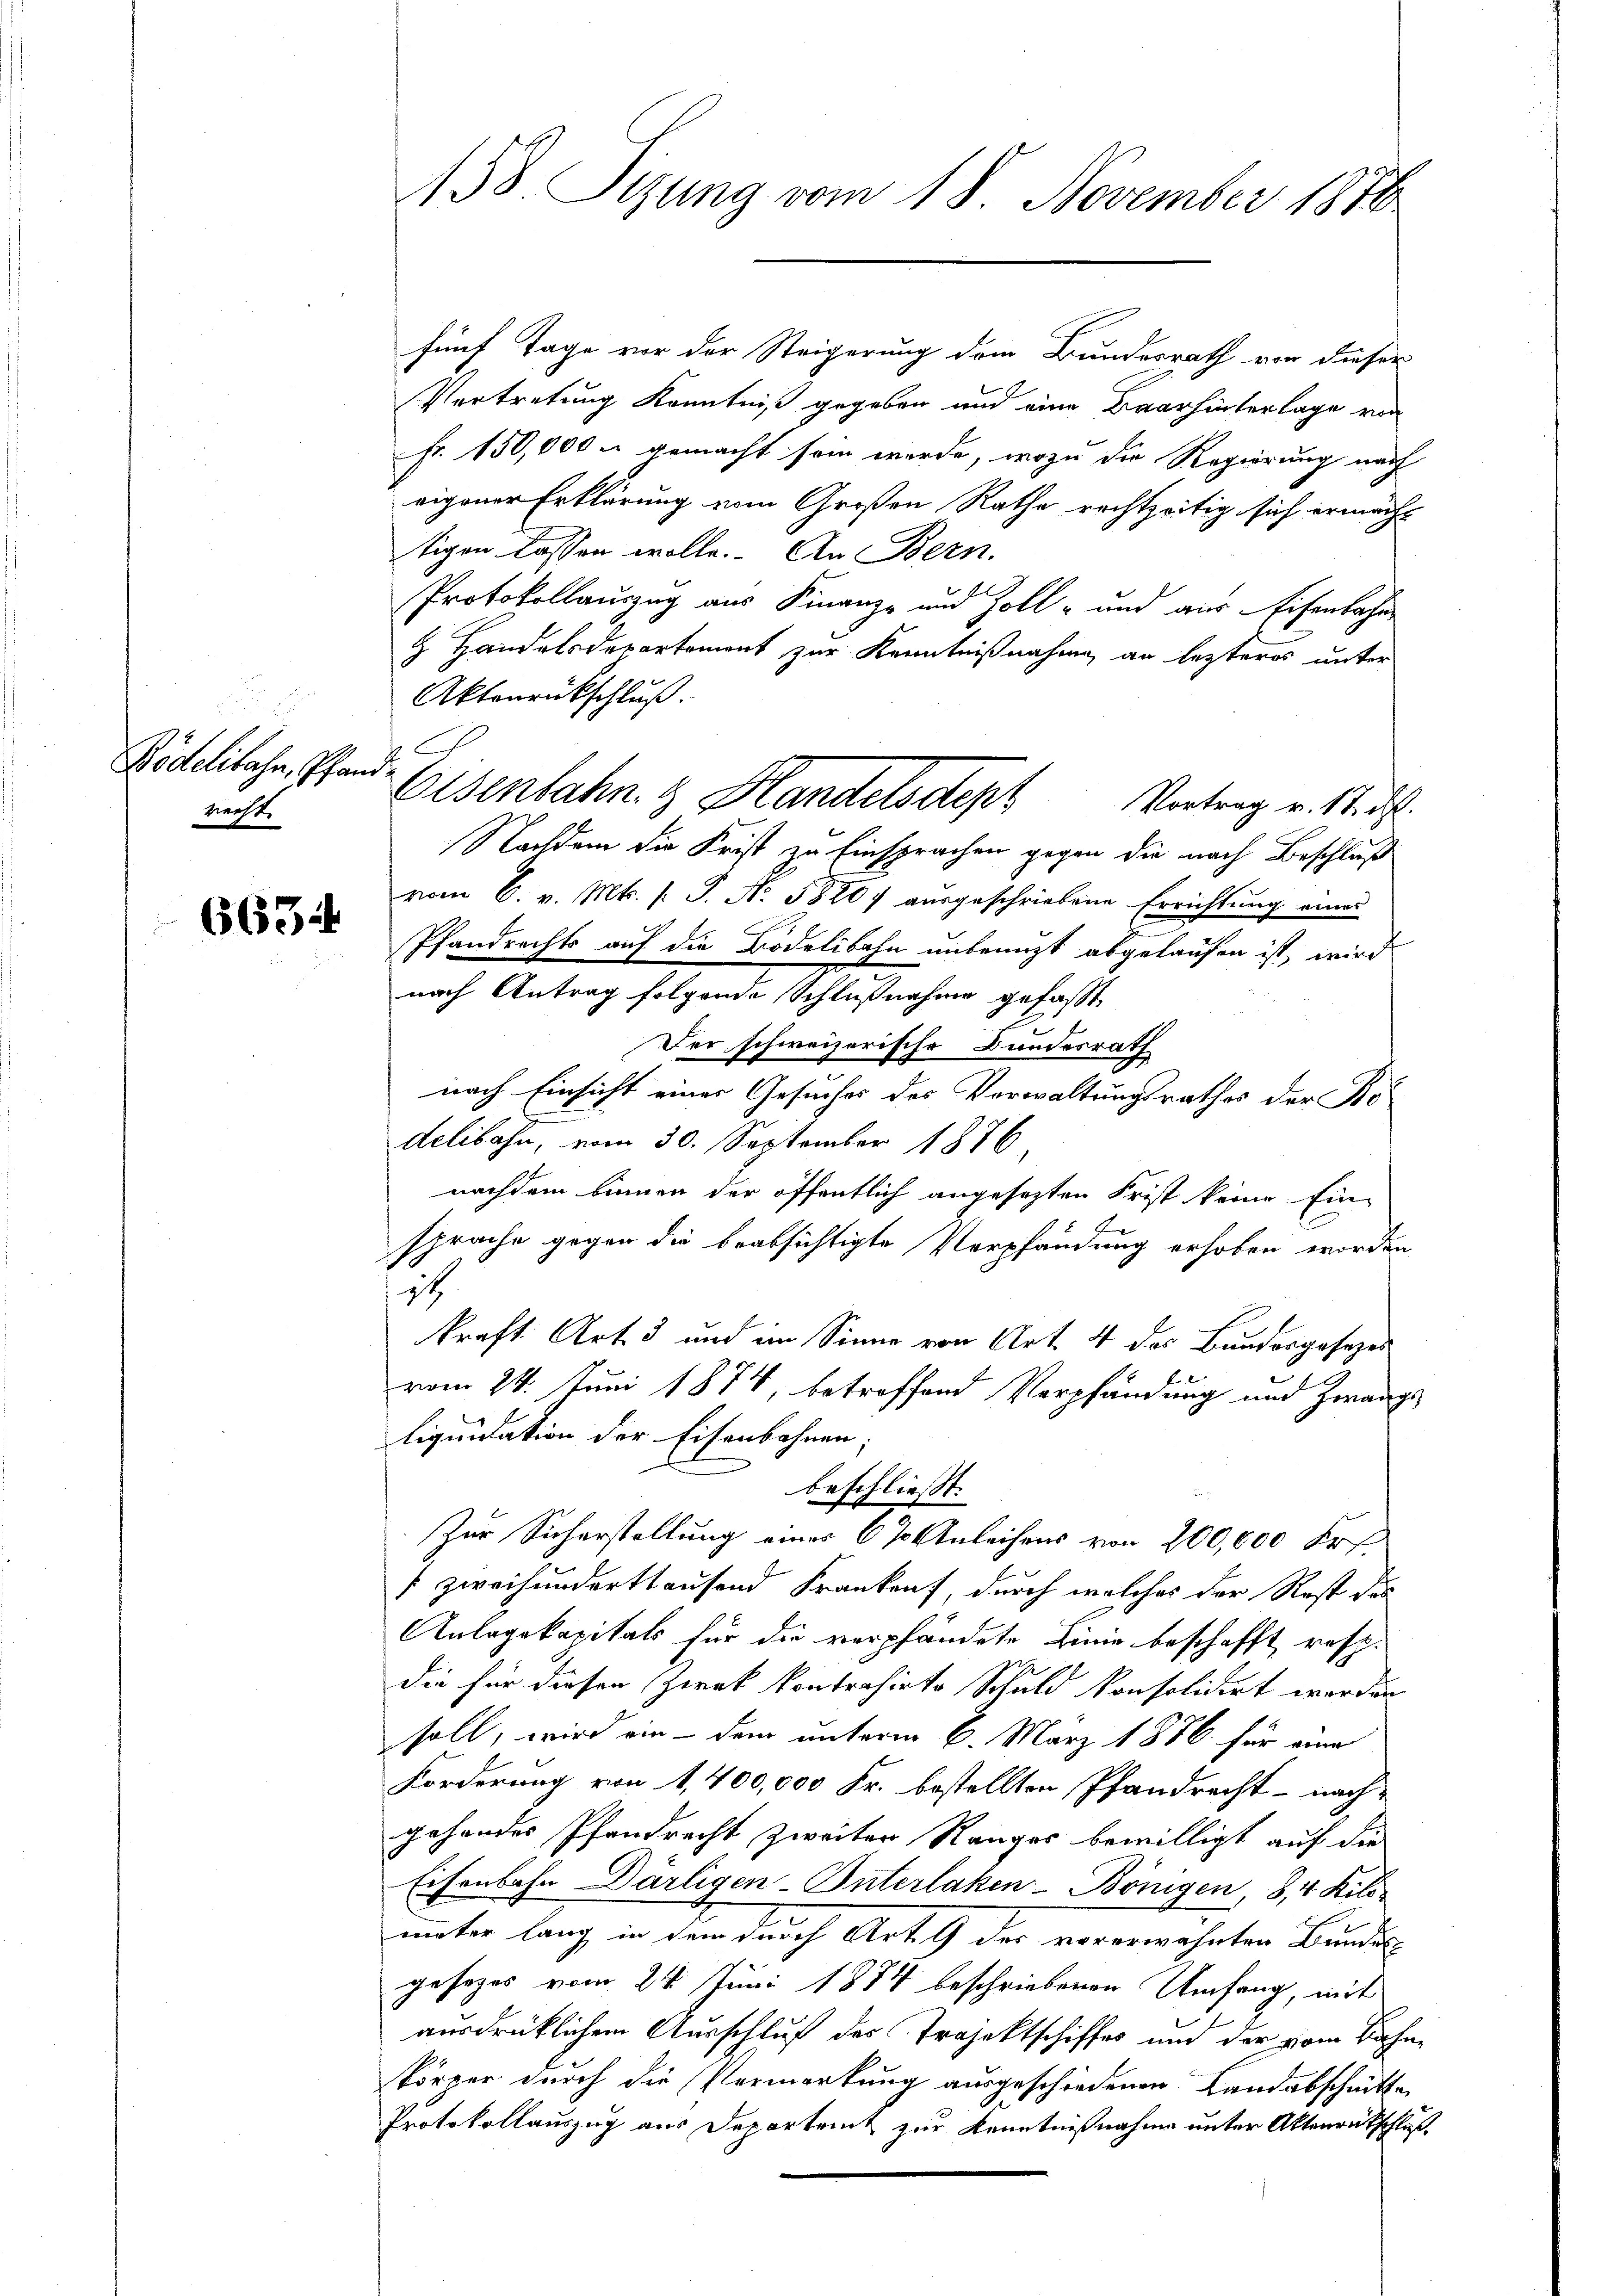
Rödelibahn, Pfar
recht.

6634

158. Sizung vom 18. November 1876

fünf Tage vor der Steigerung dem Bundesrath von dieser
Vortretung Kenntniß gegeben und eine Baar hinterlage von
Fr. 150,000 - gemacht sein werde, wozu die Regierung nach
eigener Erklärung vom Großen Rathe rechtzeitig sich ermacht
tigen lassen wolle. An Bern.
Protokollauszug aus Finanz- und Zoll- und aus Eisenbahn
z Handelsdepartement zur Kenntnißnahme an lezteres unter
Aktonrückschluß.
ah
Nachdem die Frist zu Einsprachen gegen die nach Beschluß
vom 6. v. Mts. (T. N. 58207 aŭsgeschriebene Errichtung eines
Pfandrechts auf die Bodelibahn unbenuzt abgelaufen ist, wird
nach Antrag folgende Schlußnahme gefaßt
Der schweizerische Bundesrath
nach Einsicht einer Gesuches des Verwaltungsrathes der Bedelibahn, vom 30. September 1876.
nachdem binnen der öffentlich angesezten Frist keine Ein-
sprache gegen die beabsichtigte Verpfändung erhoben worden
it
kraft Art. 3 und im Sinne von Art. 4 das Bundesgesezes
vom 24. Juni 1874, betreffend Verpfändung und Zwangs
liquidation der Eisenbahnen;
beschließt:
Zur Sicherstellung einer 6 % Anleihens von 200,000 Fr
zweihunderthausend Frankauf, durch welches der Rost das
Anlagekapitals für die verpfändete Linie beschafft, resp.
die für diesen Zwek kontrahirte Schuld konsolidirt worden
soll, wird ein - dem unterm 6. März 1886 für eine
Forderung von 1,400,000 Fr. bestellten Pfandrecht - nach-
gehendes Pfandrecht zweiter Ranges bewilligt auf die
Eisenbahn Därligen Interlaken-Bönigen, 8, 4 Kilo-
meter lang in dem durch Art. 9 des vorerwähnten Bundes
gesages vom 24. Juni 1884 beschriebenen Umfang, mit
ausdrücklichem Ausschluß des Projektschiffes und der vom Bahn-
körper durch die Vermerkung ausgeschiedenen Landabschnitte
Protokollauszug aus Departeit zur Kenntnißnahme unter Aktenrutschluß

Eisenbahn & Handelsdept Vortrag v. Stadt